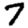
Digit: 7